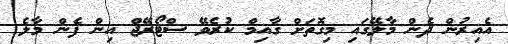
އެއިރުން ދެން މާލޭގައި މިގޮތަށް ގާއިމް ކުރެވޭ ސްޓޯރޭޖް އިން ފެން މާލެ